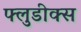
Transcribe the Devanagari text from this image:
फ्लुडीक्स